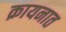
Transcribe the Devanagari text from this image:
क़ायनात